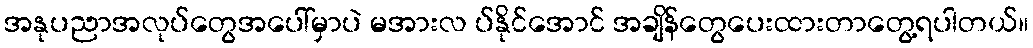
အနုပညာအလုပ်တွေအပေါ်မှာပဲ မအားလ ပ်နိုင်အောင် အချိန်တွေပေးထားတာတွေ့ရပါတယ်။